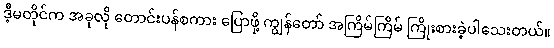
ဒီ့မတိုင်က အခုလို တောင်းပန်စကား ပြောဖို့ ကျွန်တော် အကြိမ်ကြိမ် ကြိုးစားခဲ့ပါသေးတယ်။